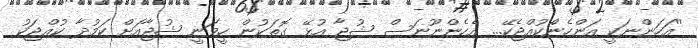
''އަހަންނަކީ އަންހެނެްކުއްޖެކޭ... އެހެންނޫނަސް ޝުޖާ އުޅޭ ގޮތަކުން ހީވަނީ ޝުޖާއަށް ކަމުދާ ކުއްޖަކު